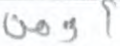
أومن